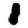
Digit: 1